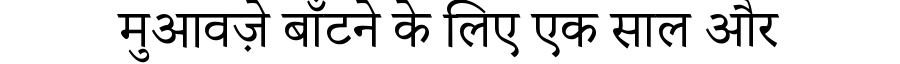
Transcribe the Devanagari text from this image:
मुआवज़े बाँटने के लिए एक साल और